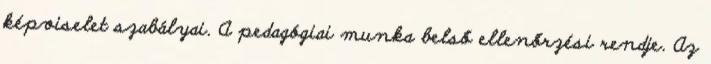
képviselet szabályai. A pedagógiai munka belső ellenőrzési rendje. Az